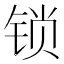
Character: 锁